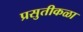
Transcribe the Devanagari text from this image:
प्रसुतीकळा